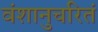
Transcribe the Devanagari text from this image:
वंशानुचरितं